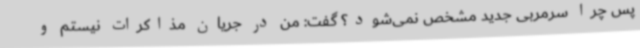
پس چرا سرمربی جدید مشخص نمی‌شود؟ گفت: من در جریان مذاکرات نیستم و